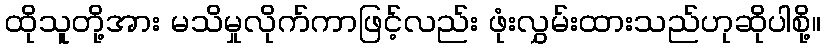
ထိုသူတို့အား မသိမှုလိုက်ကာဖြင့်လည်း ဖုံးလွှမ်းထားသည်ဟုဆိုပါစို့။